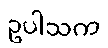
ဥပါသက